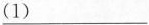
\underline{（1）}___